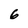
Character: 6